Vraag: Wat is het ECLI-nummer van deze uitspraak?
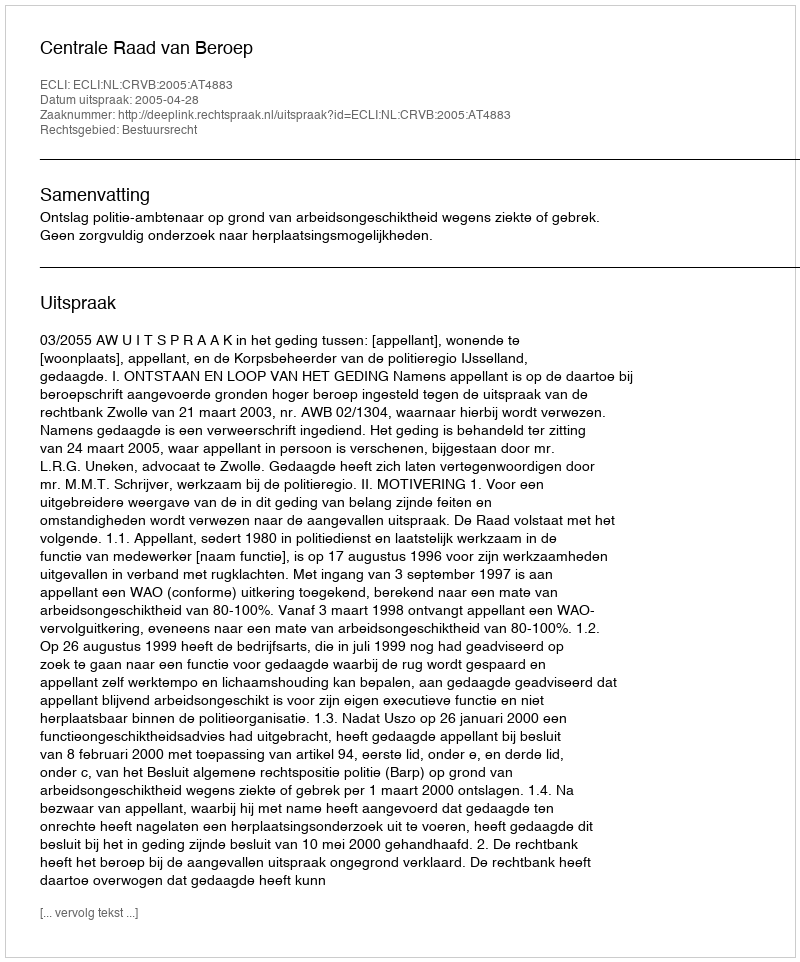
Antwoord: ECLI:NL:CRVB:2005:AT4883